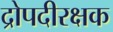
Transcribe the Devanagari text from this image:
द्रोपदीरक्षक